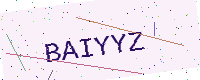
Text: BAIYYZ